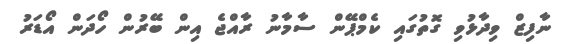
ނާފިޒް ވިދާޅުވި ގޮތުގައި ކެމްޕޭން ސާމާނު ރާއްޖެ އިން ބޭރުން ހޯދަން އޯޑަރު